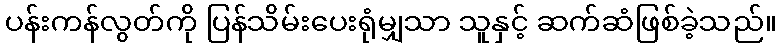
ပန်းကန်လွတ်ကို ပြန်သိမ်းပေးရုံမျှသာ သူနှင့် ဆက်ဆံဖြစ်ခဲ့သည်။